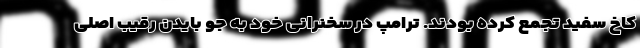
کاخ سفید تجمع کرده بودند. ترامپ در سخنرانی خود به جو بایدن رقیب اصلی